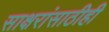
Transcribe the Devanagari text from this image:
साक्षरांसाठीही